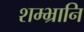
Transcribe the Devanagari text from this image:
शम्भ्रानि